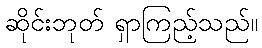
ဆိုင်းဘုတ် ရှာကြည့်သည်။